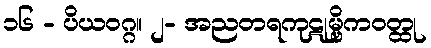
၁၆ - ပိယဝဂ္ဂ။ ၂- အညတရကုဋုမ္ဗိကဝတ္ထု